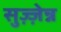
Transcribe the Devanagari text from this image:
सुज़्ज़ेन्न